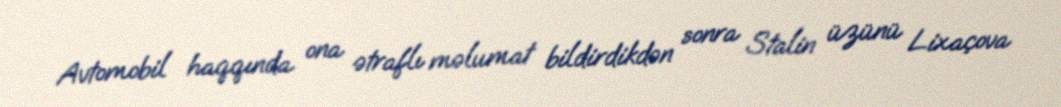
Avtomobil haqqında ona ətraflı məlumat bildirdikdən sonra Stalin üzünü Lixaçova